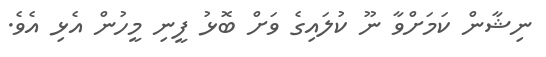
ނިޝާން ކަމަށްވާ ނޫ ކުލައިގެ ވަށް ބޮޅު ފީނި މީހުން އެޅި އެވެ.